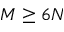
M \geq 6 N